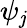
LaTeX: \psi_{\mathit{j}}